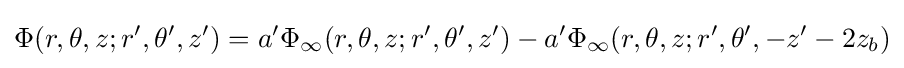
\Phi (r,\theta ,z;r',\theta ',z')=a'\Phi _{\infty }(r,\theta ,z;r',\theta ',z')-a'\Phi _{\infty }(r,\theta ,z;r',\theta ',-z'-2z_{b})